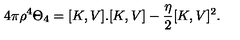
4 \pi \rho ^ { 4 } \Theta _ { 4 } = [ K , V ] . [ K , V ] - \frac { \eta } { 2 } [ K , V ] ^ { 2 } .